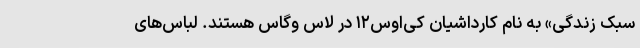
سبک زندگی» به نام کارداشیان کِی‌اوس۱۲ در لاس وگاس هستند. لباس‌های